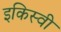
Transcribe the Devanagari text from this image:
इकिस्वी